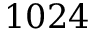
1 0 2 4